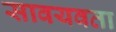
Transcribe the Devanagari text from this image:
सावयवता